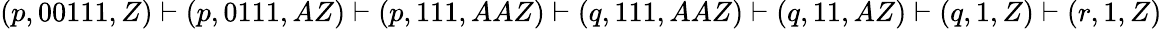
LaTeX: (p,00111,Z)\vdash(p,0111,AZ)\vdash(p,111,AAZ)\vdash(q,111,AAZ)\vdash(q,11,AZ)\vdash(q,1,Z)\vdash(r,1,Z)